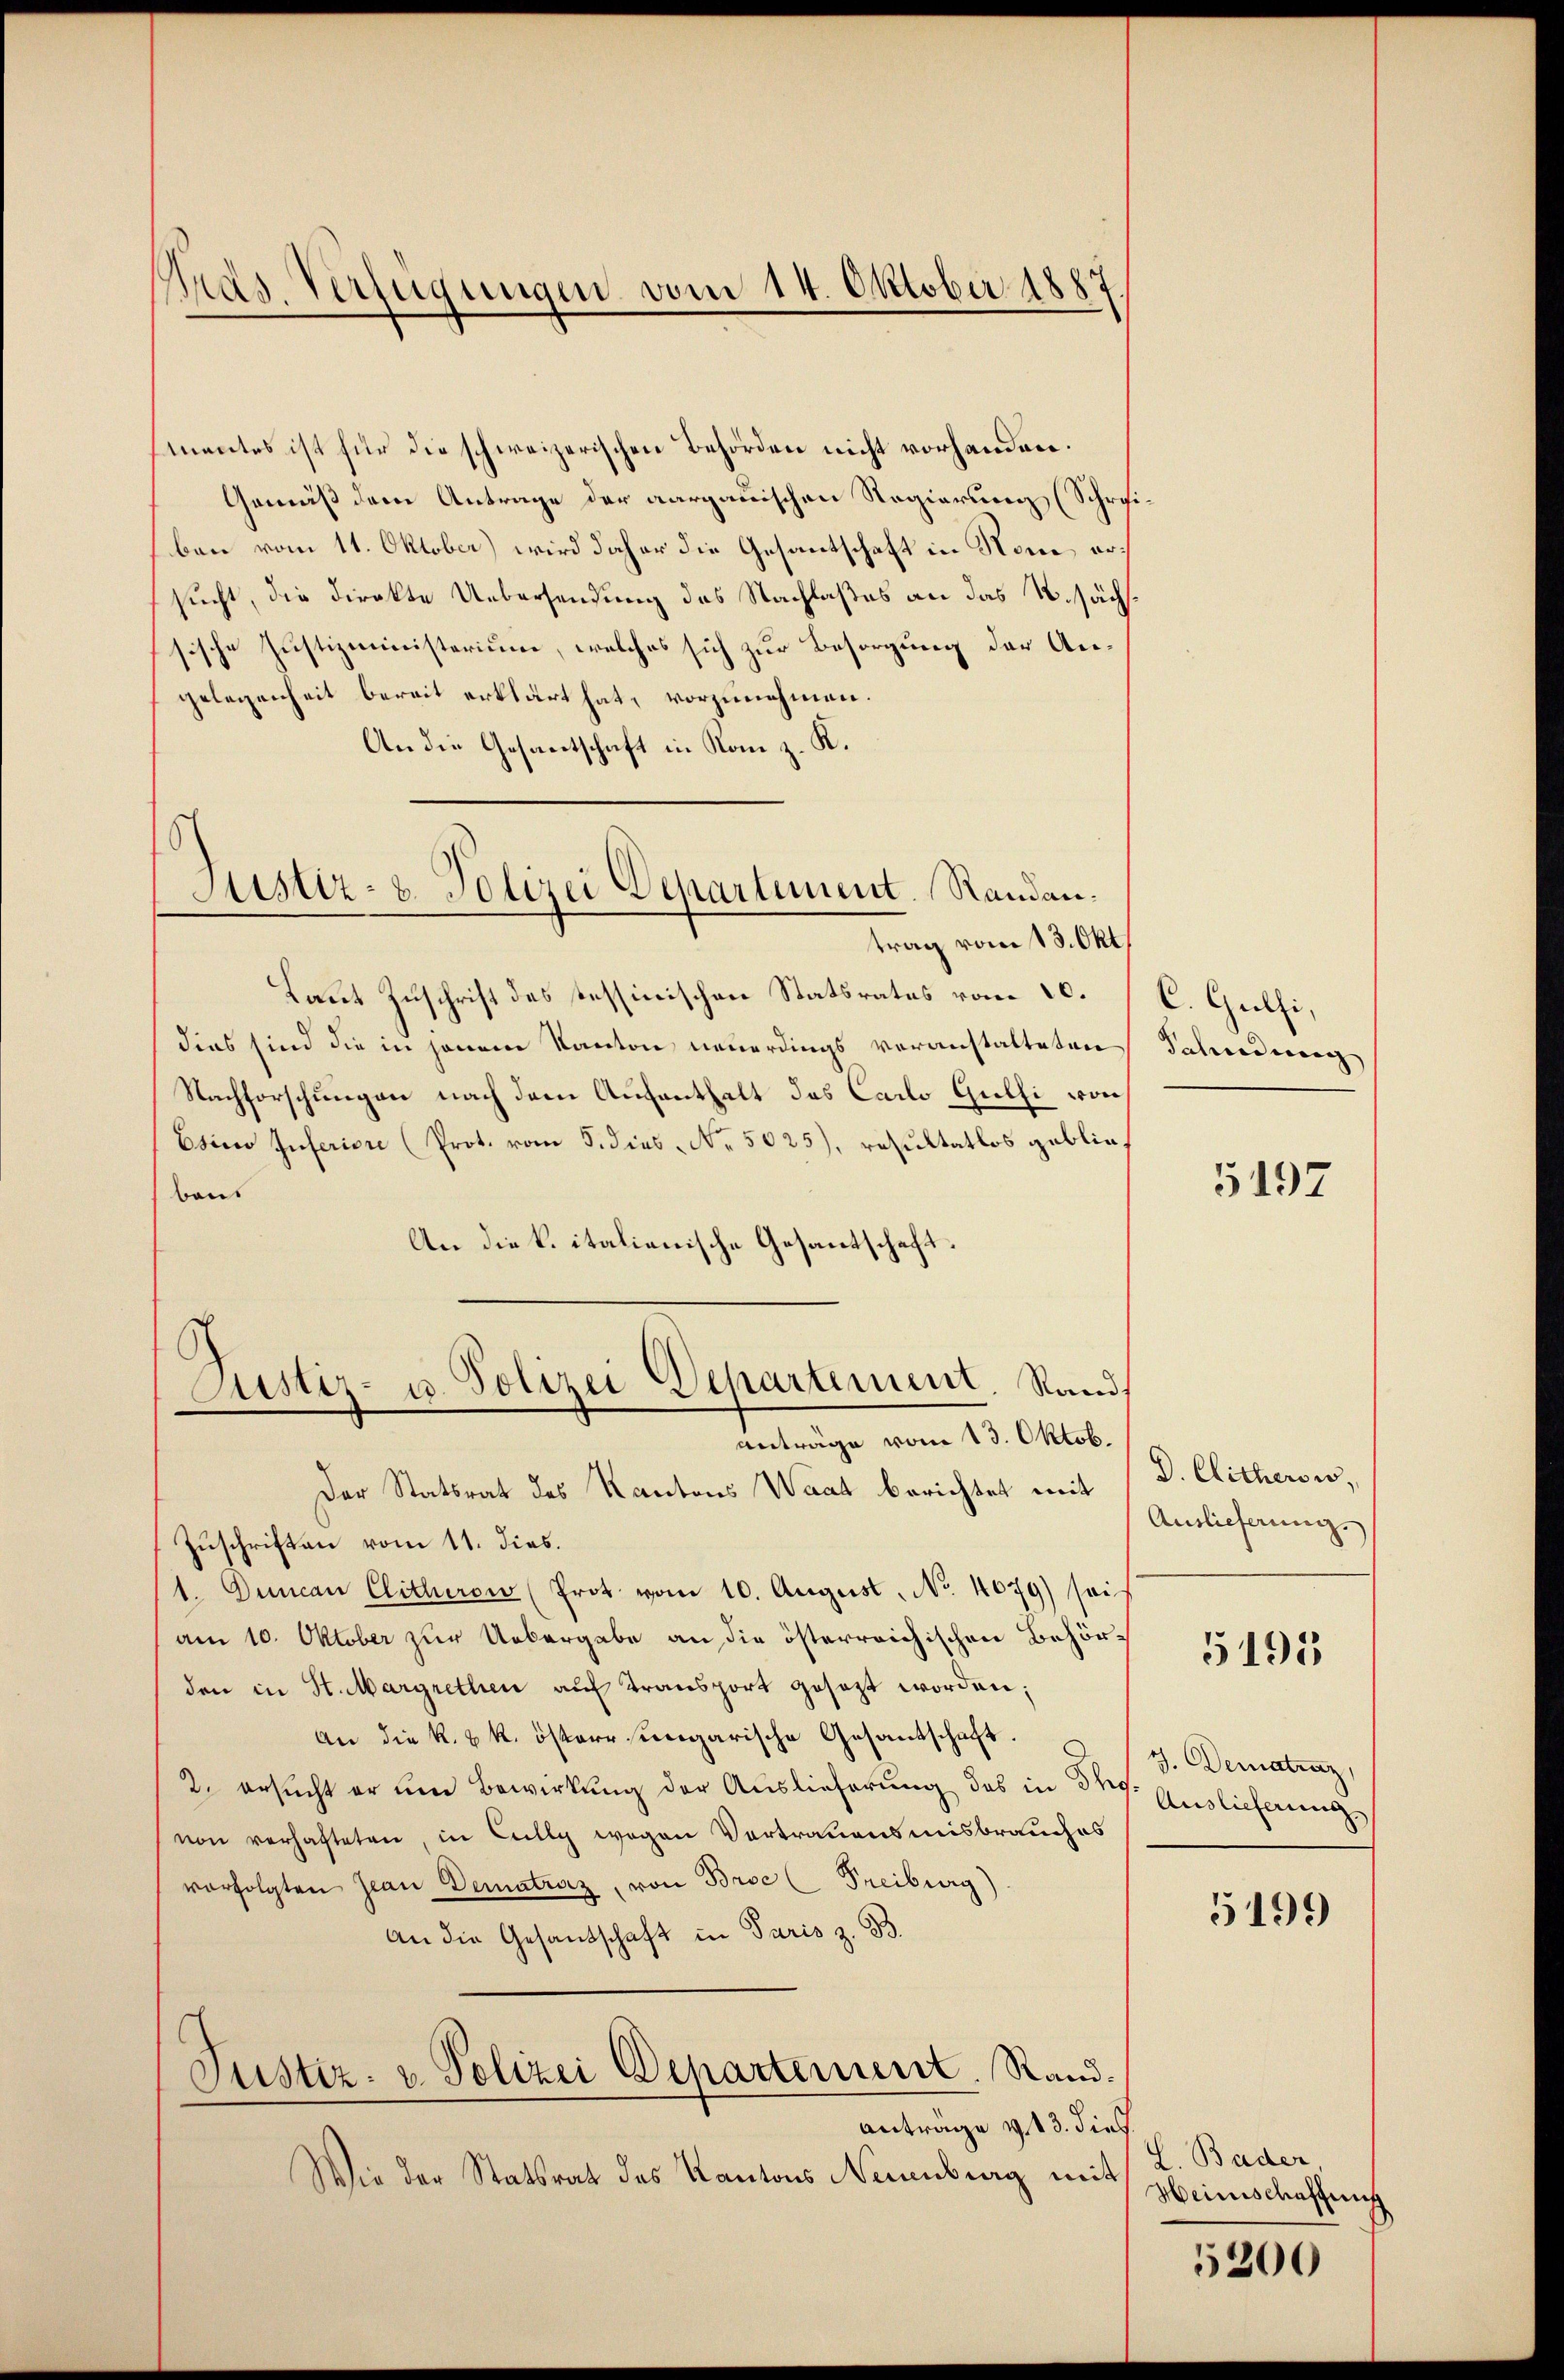
mentes ist für die schweizerischen Behörden nicht vorhanden.
Gemäß dem Antrage der aargauischen Regierung (Schreiben vom 11. Oktober) wird daher die Gesantschaft in Rom ersucht, die direkte Uebersendung des Nachlaßes an das R.sächssische Justizministerium, welches sich zur Besorgung der Angelegenheit bereit erklärt hat, vorzunehmen.
An die Gesantschaft in Kan z. K.

Pras Verfügungen vom 14. Oktober 1887.

Justiz- u. Polizei Departement. Randantrag vom 13. Okt

Laut Zuschrift des tessinischen Statsrates vom 20. C. Guthi,
dies sind die in jenem Kanton neuerdings voranstatteten
Nachforschungen nach dem Aufenthalt des Carlo Gülli von
Esino Inferiore (Prot. vom 5. dies. No. 5025), resultatlos geblie
bons
An die k. italienische Gesantschaft.
Der Statsrat des Kantons Waat berichtet mit
Zuschriften vom 11. dies.
1. Duncan Clitherow (Prot vom 10. August. No. 4079) sei
am 10. Oktober zur Uebergabe an die österreichischen Behörden in St. Margrethen auf Transport gesezt worden;
an die k. k. östere ungarische Gesantschaft.
2. ersucht er um Bewirkung der Auslieferung des in drey Auslieferung,
von verhafteten, in Cilly wegen Vortrauensmisbrauches
vorfolgten Jean Dematraz, von Broc (Freiburg)
An die Gesandschaft in Paris z. B.
Justiz- u. Polizei Departement. Rand.
Antrage v. 13. dies
Wie der Statsrath des Kantons Neuenburg mit

Justiz- u. Polizei Departement. Sand
anträge vom 13. Oktob.

Fahndung

5197

D. Clitherow,
Auslieferung.

5195

J. Dematraz,

5199

L. Bader,
Heinschaffung

5200